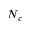
N _ { c }